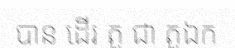
បាន ដើរ តួ ជា តួឯក